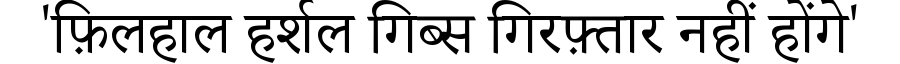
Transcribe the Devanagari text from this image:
'फ़िलहाल हर्शल गिब्स गिरफ़्तार नहीं होंगे'